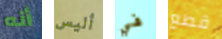
أنه أليس في قطع